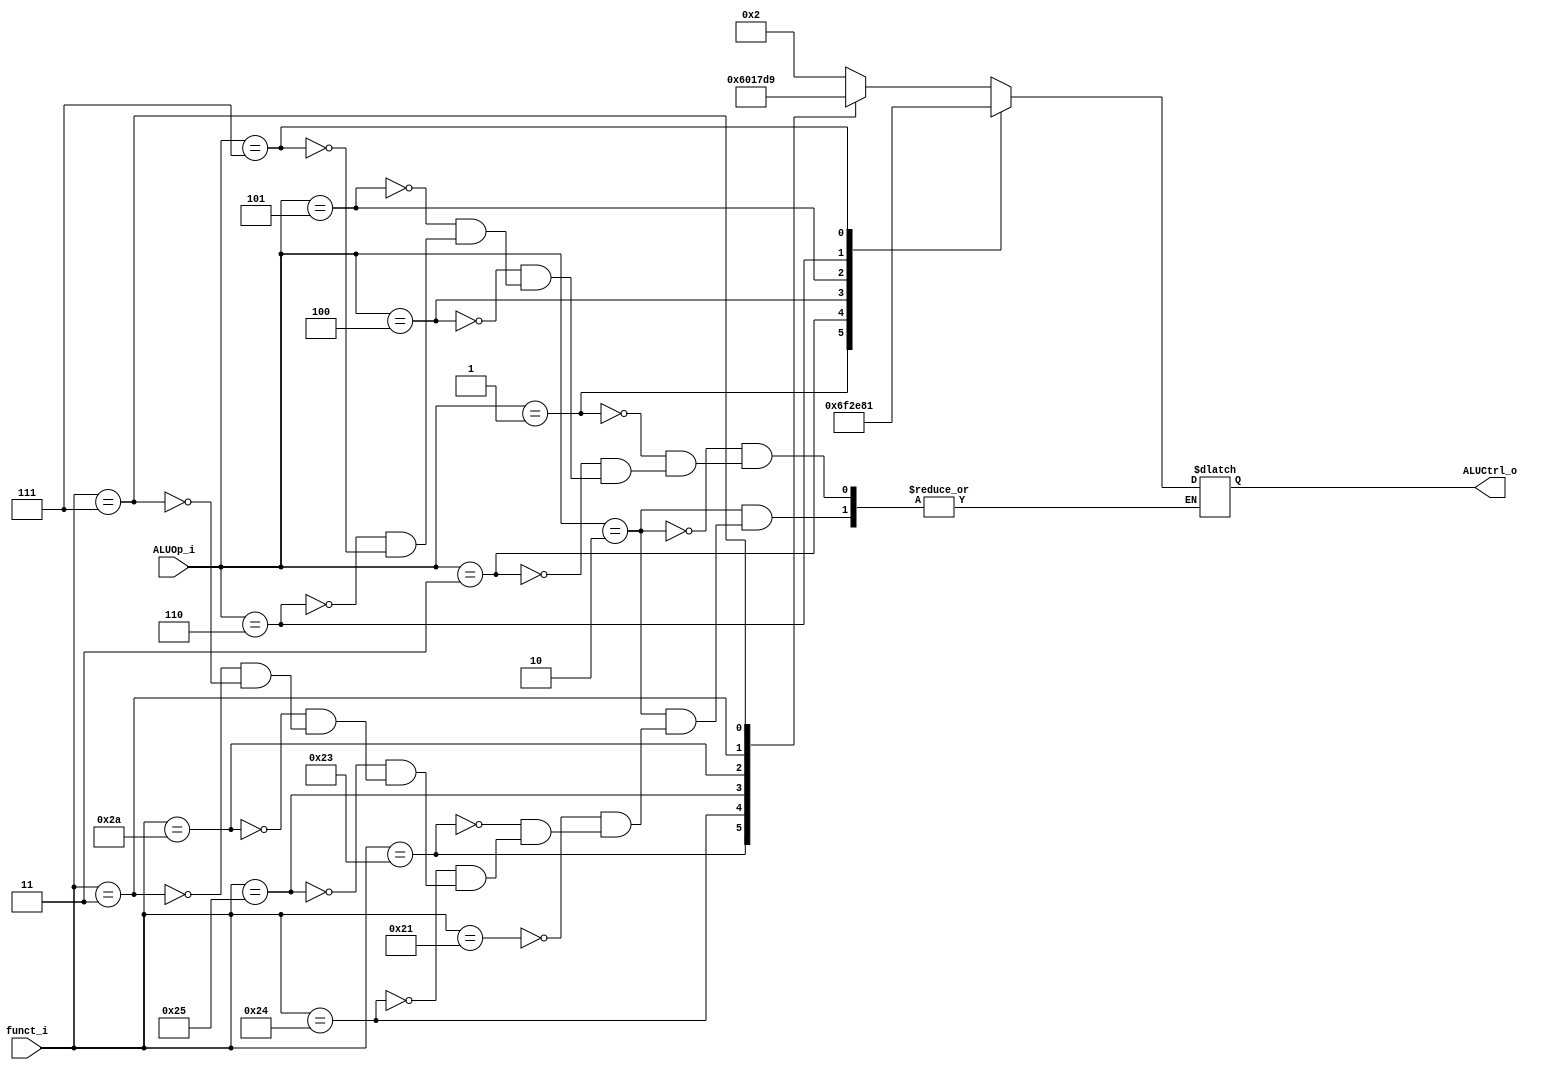
//Subject:     CO project 2 - ALU Controller
//--------------------------------------------------------------------------------
//Version:     1
//--------------------------------------------------------------------------------
//Writer:      0616223 0616059
//----------------------------------------------
//Date:        4/27
//----------------------------------------------
//Description: determine which control code should give to ALU
//--------------------------------------------------------------------------------

module ALU_Ctrl(
          funct_i,
          ALUOp_i,
          ALUCtrl_o
          );
          
//I/O ports 
input      [6-1:0] funct_i;
input      [3-1:0] ALUOp_i;

output     [4-1:0] ALUCtrl_o;    
     
//Internal Signals
reg        [4-1:0] ALUCtrl_o;

//Parameter

       
//Select exact operation
always @( * )
	begin
		case(ALUOp_i)

			3'b010 : //R-type
				begin
					case(funct_i)
						6'b100001 : ALUCtrl_o = 4'b0010; //add
						
						6'b100011 : ALUCtrl_o = 4'b0110; //sub
						
						6'b100100 : ALUCtrl_o = 4'b0000; //and
						
						6'b100101 : ALUCtrl_o = 4'b0001; //or

						6'b101010 : ALUCtrl_o = 4'b0111; //slt

						6'b000011 : ALUCtrl_o = 4'b1101; //sra

						6'b000111 : ALUCtrl_o = 4'b1001; //srav
					endcase
				end
			
			3'b001 : ALUCtrl_o = 4'b0110;// beq
			
			3'b011 : ALUCtrl_o = 4'b1111;// bne
			
			3'b100 : ALUCtrl_o = 4'b0010;// addi
			
			3'b101 : ALUCtrl_o = 4'b1110;// sltiu
			
			3'b110 : ALUCtrl_o = 4'b1000;// lui
			
			3'b111 : ALUCtrl_o = 4'b0001;// ori
		endcase
	end
endmodule